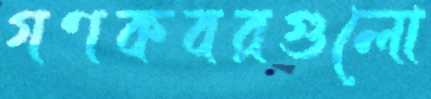
গণকবরগুলো